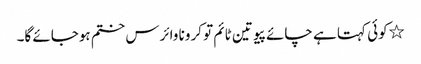
٭کوئی کہتا ہے چائے پیو تین ٹائم تو کرونا وائرس ختم ہوجائے گا۔